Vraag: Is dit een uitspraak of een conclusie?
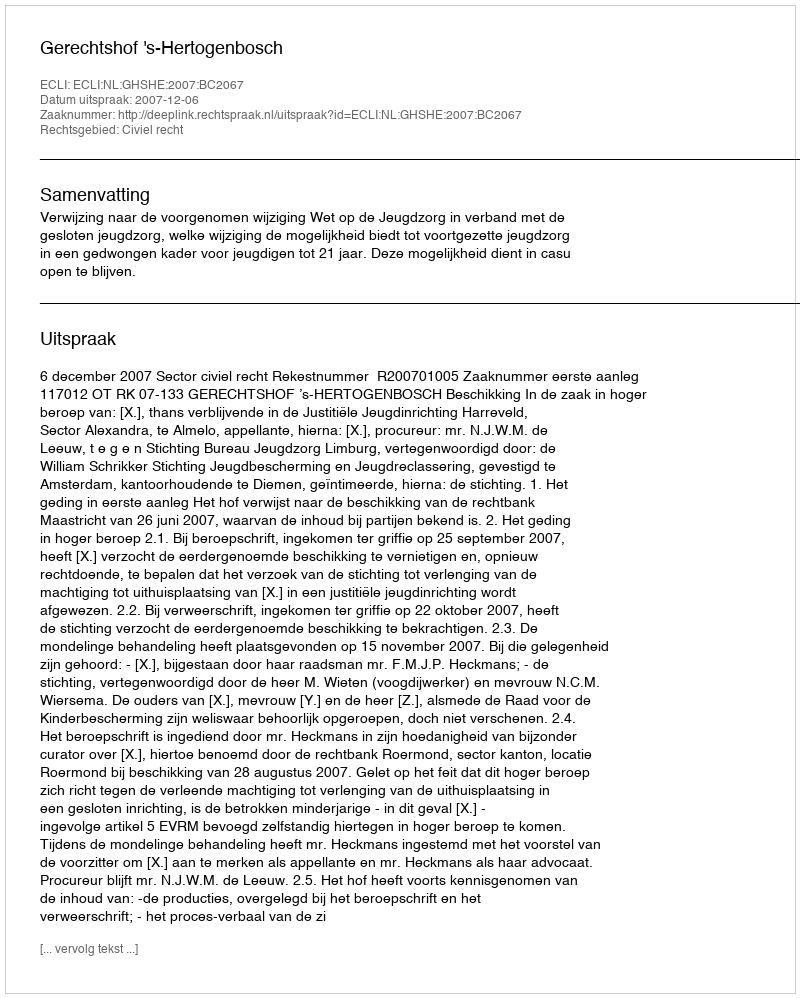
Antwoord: Uitspraak